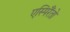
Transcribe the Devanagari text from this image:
एस्पिरैंतो